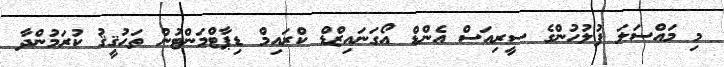
މި މައްސަލަ ފުލުހުންގެ ސީރިއަސް އެންޑް އޯގަނައިޒްޑް ކްރައިމް ޑިޕާޓްމަންޓުން ތަޙުޤީޤު ކުރަމުންދާ